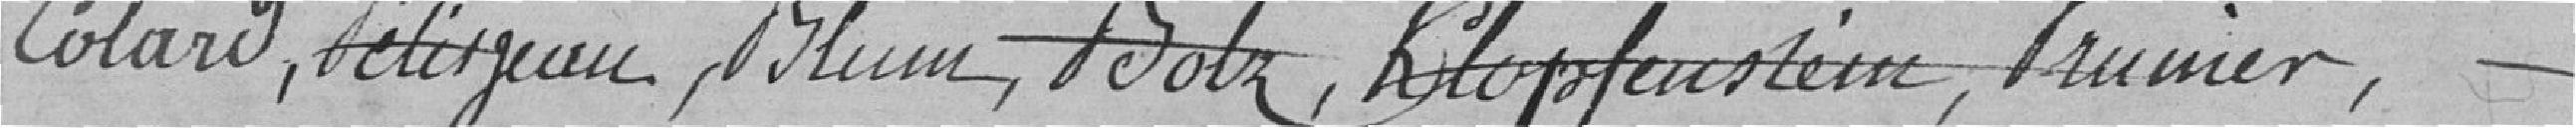
Colard, Peliszeau, Blum, Boltz, Kloppenstein, Prunier,